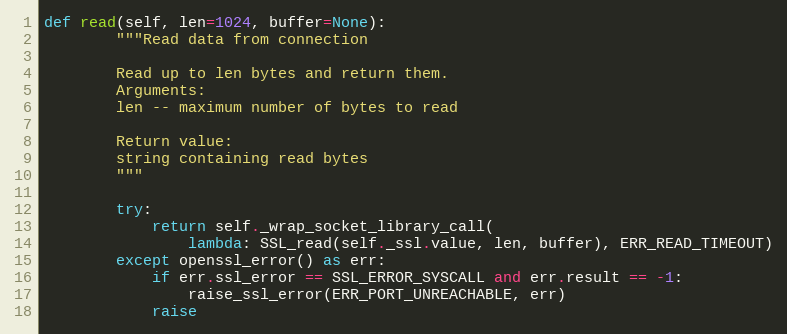
Language: Python
def read(self, len=1024, buffer=None):
        """Read data from connection

        Read up to len bytes and return them.
        Arguments:
        len -- maximum number of bytes to read

        Return value:
        string containing read bytes
        """

        try:
            return self._wrap_socket_library_call(
                lambda: SSL_read(self._ssl.value, len, buffer), ERR_READ_TIMEOUT)
        except openssl_error() as err:
            if err.ssl_error == SSL_ERROR_SYSCALL and err.result == -1:
                raise_ssl_error(ERR_PORT_UNREACHABLE, err)
            raise